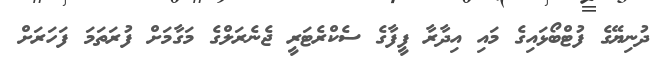
ދުނިޔޭގެ ފުޓްބޯޅައިގެ މައި އިދާރާ ފީފާގެ ސެކްރެޓަރީ ޖެނެރަލްގެ މަގާމަށް ފުރަތަމަ ފަހަރަށް